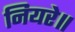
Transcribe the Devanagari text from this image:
नियरे॥